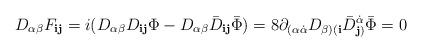
LaTeX: \begin{align*}D_{\alpha\beta} F_{{\mathbf i}{\mathbf j}} = i (D_{\alpha\beta}D_{{\mathbf i}{\mathbf j}} \Phi -D_{\alpha\beta} {\bar D}_{{\mathbf i}{\mathbf j}} {\bar\Phi}) =8\partial_{(\alpha\dot\alpha} D_{\beta)({\mathbf i}}{\bar D}^{\dot\alpha}_{{\mathbf j})} {\bar \Phi} =0\end{align*}